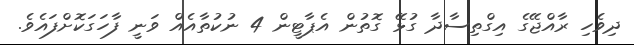
ދިވެހި ރާއްޖޭގެ އިގްތިސާދާ ގުޅޭ ގޮތުން އެޕާޓީން 4 ނުކުތާއެއް ވަނީ ފާހަގަކޮށްފައެވެ.